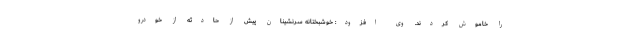
را خاموش کردند. وی افزود: خوشبختانه سرنشینان پیش از حادثه از خودرو